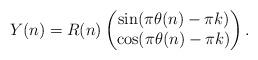
LaTeX: \begin{align*}Y(n)=R(n)\begin{pmatrix}\sin (\pi\theta(n)-\pi k)\\\cos (\pi\theta(n)-\pi k)\end{pmatrix}.\end{align*}